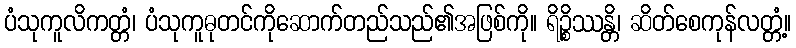
ပံသုကူလိကတ္တံ၊ ပံသုကူဓုတင်ကိုဆောက်တည်သည်၏အဖြစ်ကို။ ရိဉ္စိဿန္တိ၊ ဆိတ်စေကုန်လတ္တံ့။